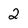
Character: 2